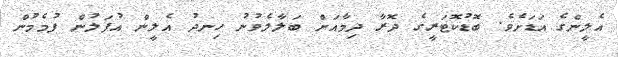
އެލީންގެ އަޑަށެވެ. ބޮޑުކޮޓަރީގެ ދޮރާ ދިމާއަށް ބަލާލެވުނު ހިނދު އެލީން އުފަލުން ފުމެމުން